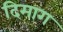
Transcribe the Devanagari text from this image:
दिमाग